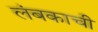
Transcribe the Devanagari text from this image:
लंबकाची